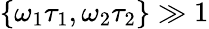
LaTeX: \{ \omega_{1}\tau_{1},\omega_{2}\tau_{2}\} \gg 1